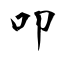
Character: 叩